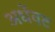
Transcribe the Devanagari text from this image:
अर्धेवट